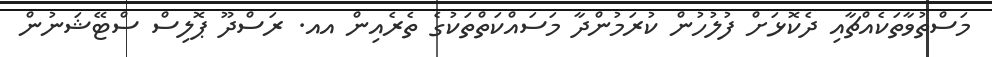
މަސްތުވާތަކެއްޗާއި ދެކޮޅަށް ފުލުހުން ކުރަމުންދާ މަސައްކަތްތަކުގެ ތެރެއިން އއ. ރަސްދޫ ޕޮލިސް ސްޓޭޝަނުން